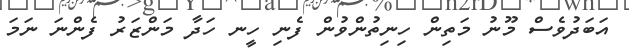
އަބަދުވެސް މޫނު މަތިން ހިނިތުންވުން ފެނި ހީނ ހަދާ މަންޒަރު ފެންނަ ނަމަ